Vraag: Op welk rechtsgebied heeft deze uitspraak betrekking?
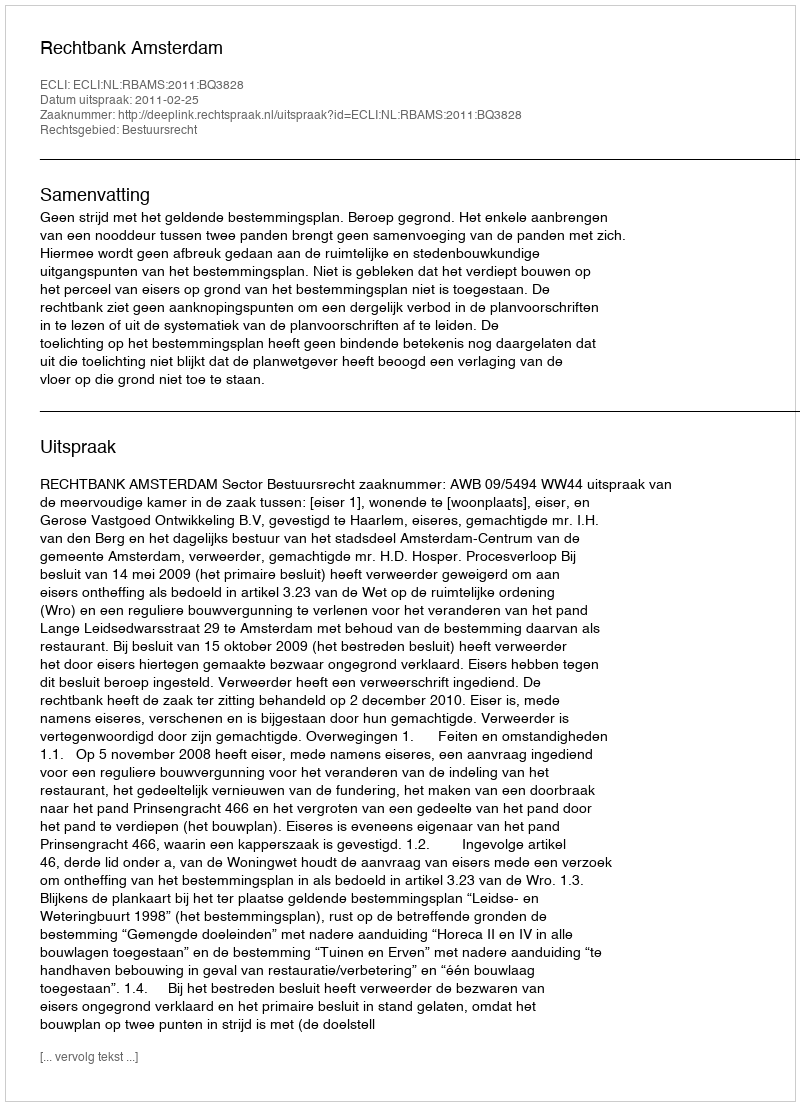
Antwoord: Bestuursrecht